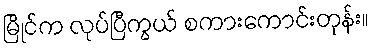
မြိုင်က လုပ်ပြီကွယ် စကားကောင်းတုန်း။